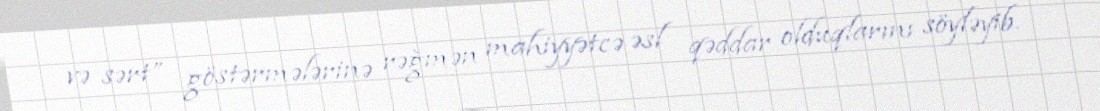
və sərt” göstərmələrinə rəğmən mahiyyətcə əsl qəddar olduqlarını söyləyib.